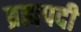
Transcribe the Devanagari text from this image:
ब्रह्मपदी